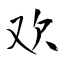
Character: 欢